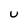
Character: U